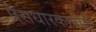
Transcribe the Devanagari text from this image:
प्रेसधारकांनीही